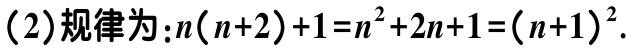
(2)规律为：\(n(n + 2)+1=n^{2}+2n + 1=(n + 1)^{2}\).